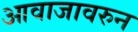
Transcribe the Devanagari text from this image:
आवाजावरुन